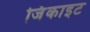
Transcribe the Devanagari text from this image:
जिंकाइट